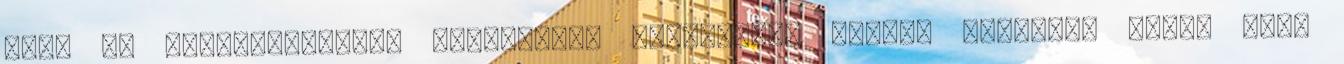
akik ma geopolitikáról beszélnek, bizonyosan szinte senkinek sincs köze